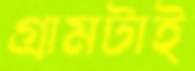
গ্রামটাই